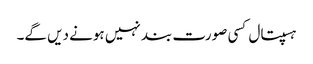
ہسپتال کسی صورت بند نہیں ہونے دیں گے۔